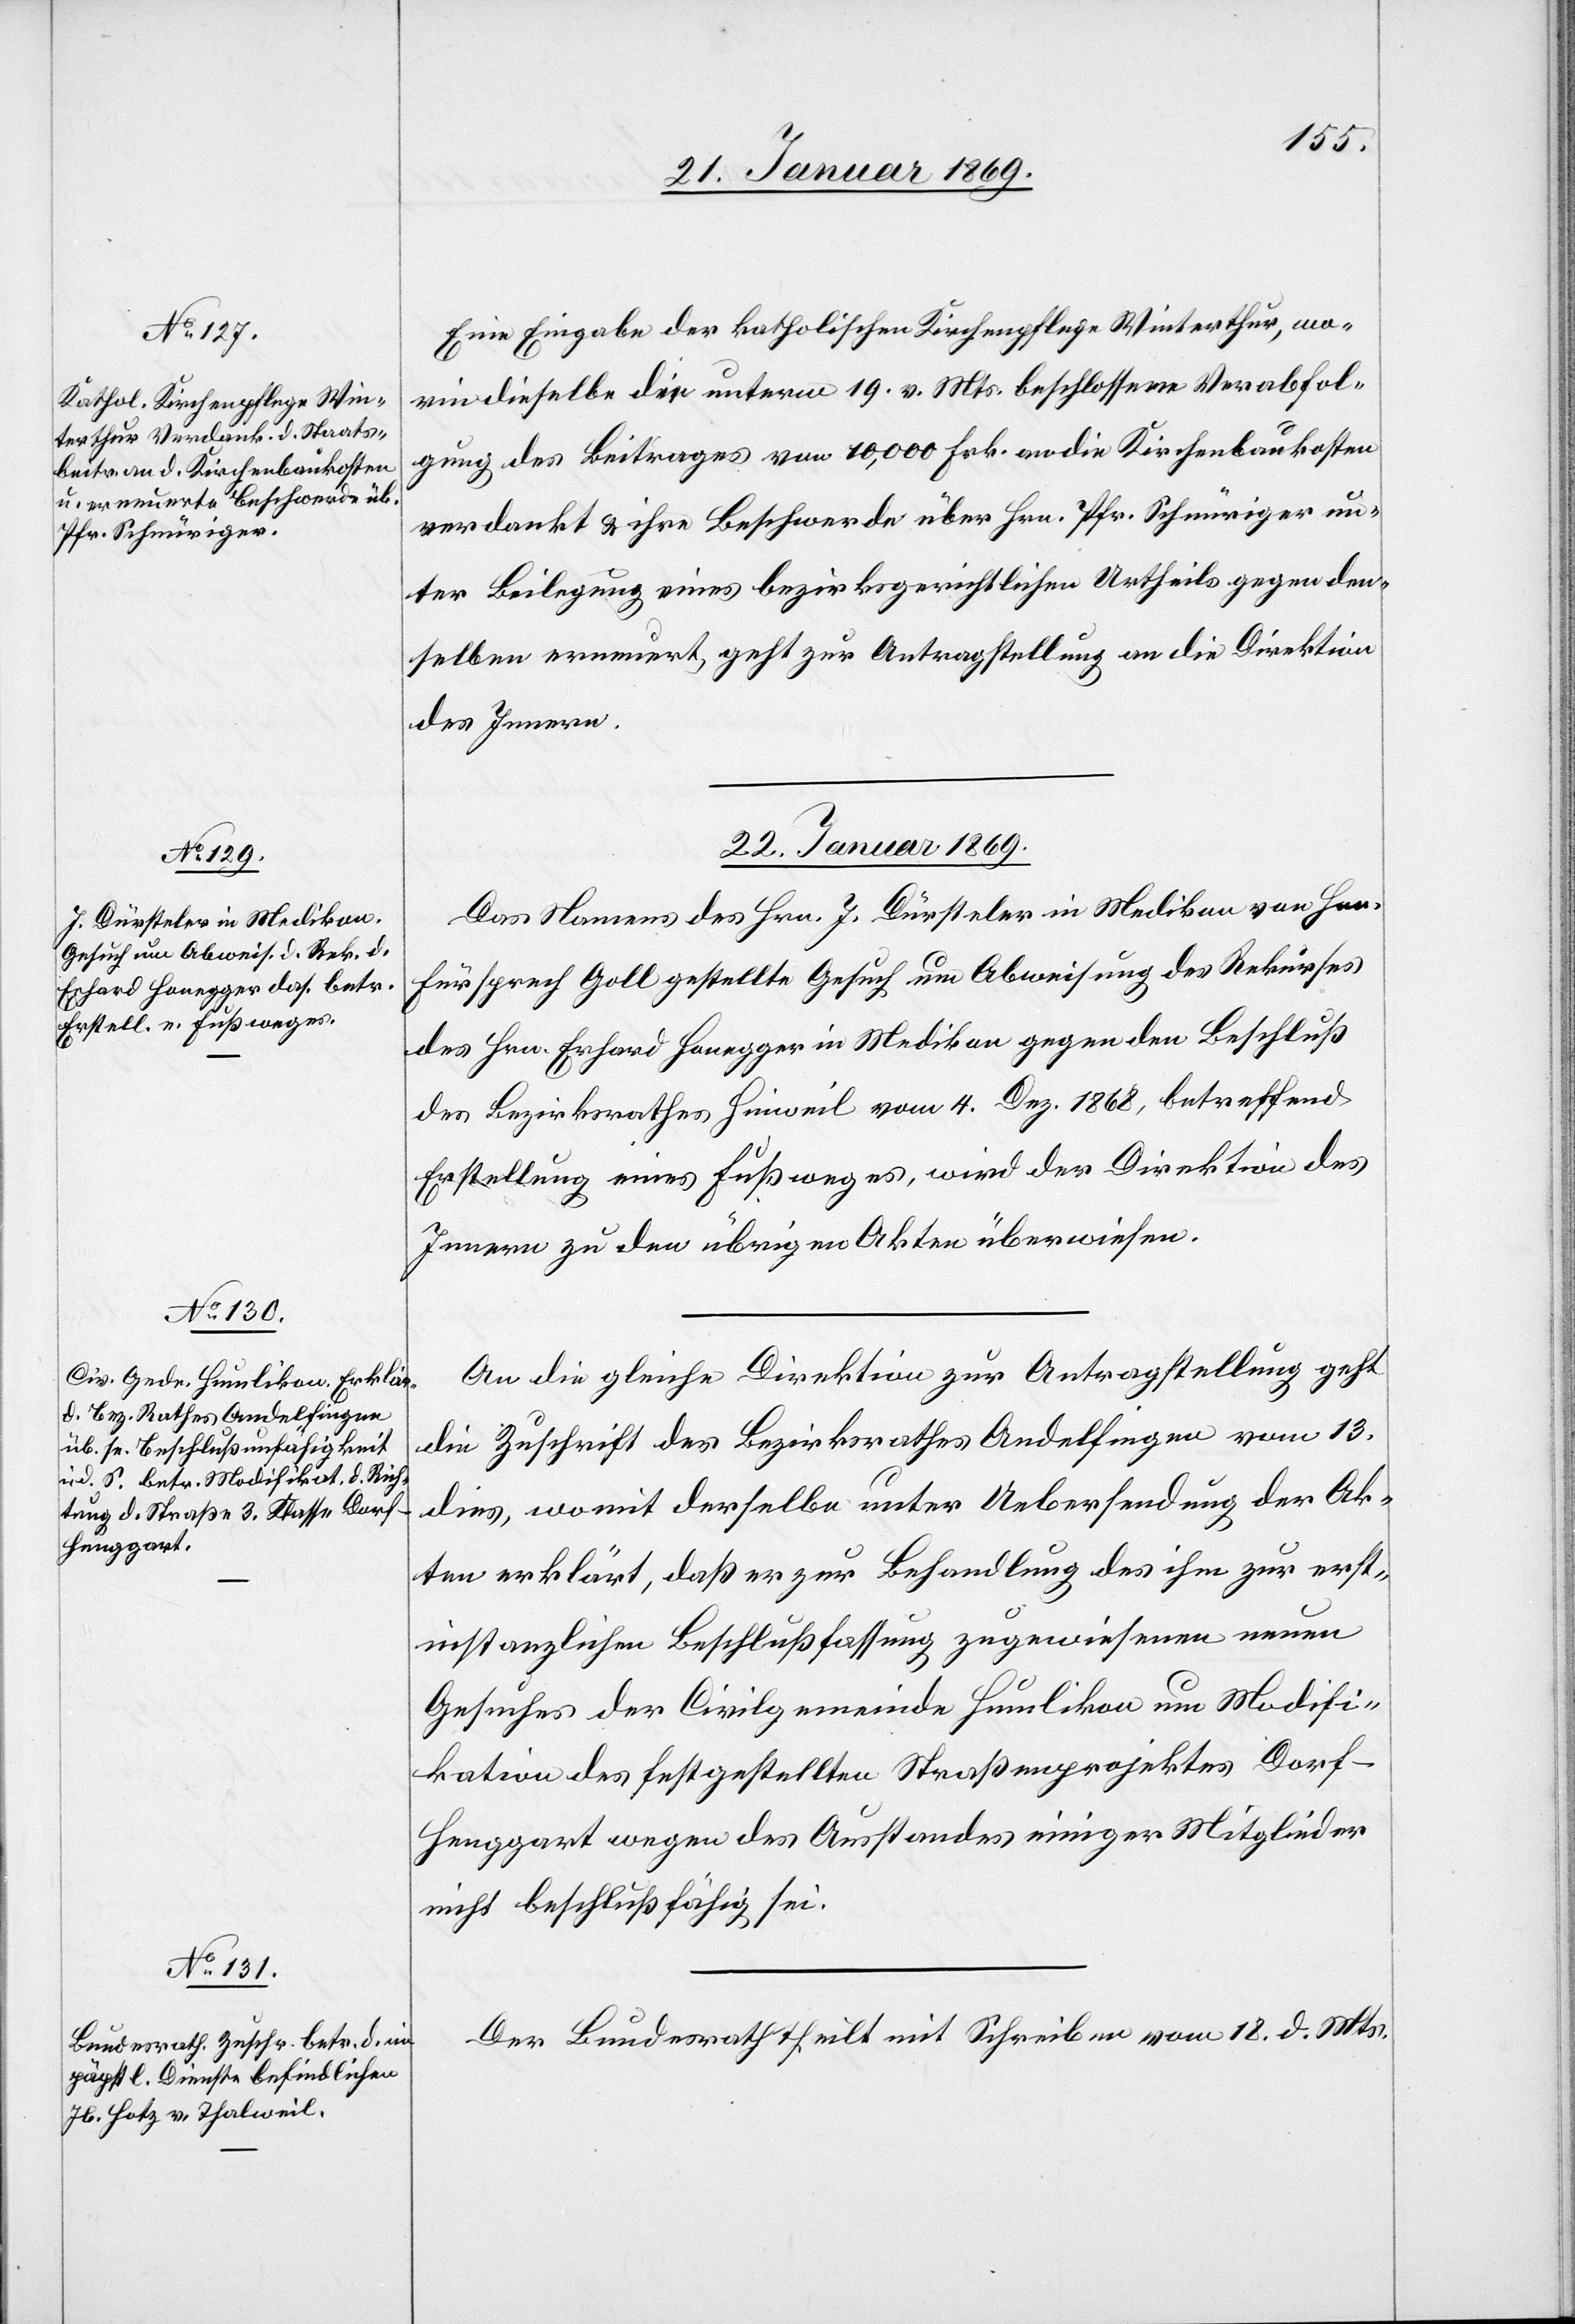
21. Januar 1869.]
Eine Eingabe der katholischen Kirchenpflege Winterthur, wo¬
rin dieselbe die unterm 19. v. Mts. beschlossene Verabfol¬
gung des Beitrages von 10,000 Frk. an die Kirchenbaukosten
verdankt & ihre Beschwerde über Hrn. Pfr. Schnüsiger un¬
ter Beilegung eines bezirksgerichtlichen Urtheils gegen den¬
selben erneuert geht zur Antragstellung an die Direktion
des Innern.
22. Januar 1869.]
Das Namens des Hrn. J. Dürsteler in Medikon von Hrn.
Fürsprech Goll hergestellte Gesuch um Abweisung des Rekurses
des Hrn. Erhard Honegger in Medikon gegen den Beschluß
des Bezirksrathes Hinweil vom 4. Dez. 1868, betreffend
Erstellung eines Fußweges, wird der Direktion des
Innern zu den übrigen Akten überwiesen.
An die gleiche Direktion der Antragstellung geht
die Zuschrift des Bezirksrathes Andelfingen vom 13.
dies, womit derselbe unter Uebersendung der Ak¬
ten erklärt, daß er zur Behandlung des ihm zur erst¬
instanzlichen Beschlußfassung zugewiesenen neuen
Gesuches der Civilgemeinde Humlikon um Modifi¬
kation des festgestellten Straßenprojektes Dorf–H¬
enggart wegen des Anstandes einiger Mitglieder
nicht beschlußfähig sei.
Der Bundesrath theilt mit Schreiben vom 18. d. Mts.